Code of medical and sanitary regulations for the guidance of medical officers serving in the Madras Presidency - Volume II
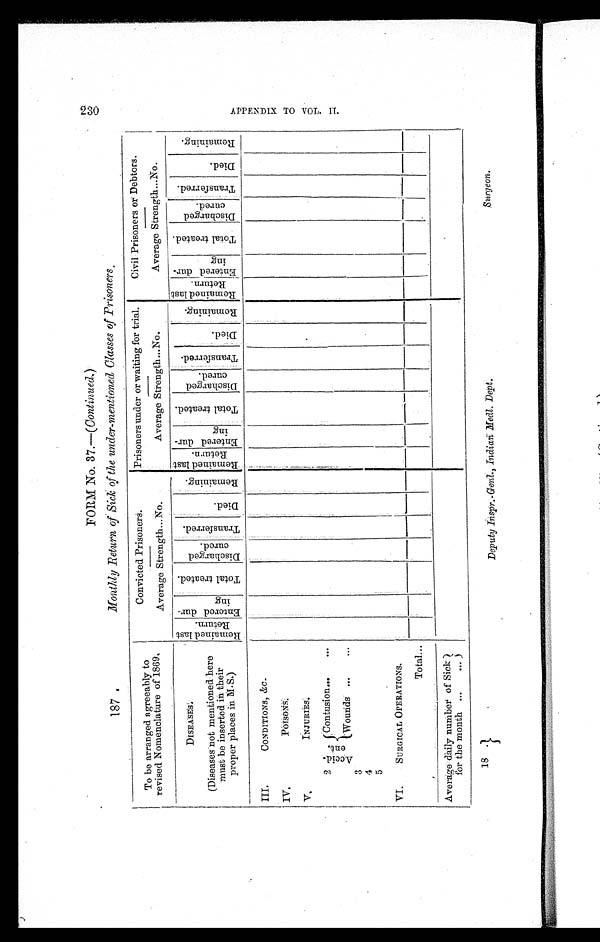
18 .
Deputy Inspr.-Genl., Indian Med. Dept.
Surgeon.
T
FORM No. 37.—( Continued. )
187.
Monthly Return of Sick of the under-mentioned Classes of Prisoners.
To be arranged agreeably
to
revised Nomenclature of 1869.
Convicted Prisoners.
Prisoners under or waiting for trial.
Civil Prisoners or Debtors.
Average Strength...No.
Average Strength...No.
Average Strength...No.
DISEASES
R e m a i n e d l a s t
Re t u r n .
E n t e r e d d u r -
i ng
T o t a l t r e a t e d .
Di s c h a r g e d
cured.
T r a n s f e r r e d .
D i e d .
R e m a i n i n g .
R e m a i n e d l a s t
Re t u r n . E n t e r e d d u r -
ing
T o t a l t r e a t e d .
D i s c h a r g e d c u r e d .
T r a n s f e r r e d .
D i e d .
R e m a i n i n g .
R e ma i n e d l a s t
Ret urn. E n t e r e d d u r -
ing
T o t a l t r e a t e d .
Di s c h a r g e d
cured.
T r a n s f e r r e d .
D i e d .
R e m a i n i n g .
(Diseases not mentioned here
must be inserted in their
proper places in M.S.)
III.
CONDITIONS, &C.
IV.
P O I S O N S .
V.
I N J U R I E S .
2
A c c i d -
e n t .
Contusion ...
. . .
3
Wounds
. . . . . .
4
5
VI.
SURGICAL OPERATIONS.
Total ...
Average daily number of Sick
for the month ...
...
230
A P P E N D I X T O V O L . I I .